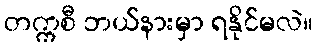
တက္ကစီ ဘယ်နားမှာ ရနိုင်မလဲ။